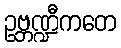
ဥဗ္ဘဏ္ဍီကတေ